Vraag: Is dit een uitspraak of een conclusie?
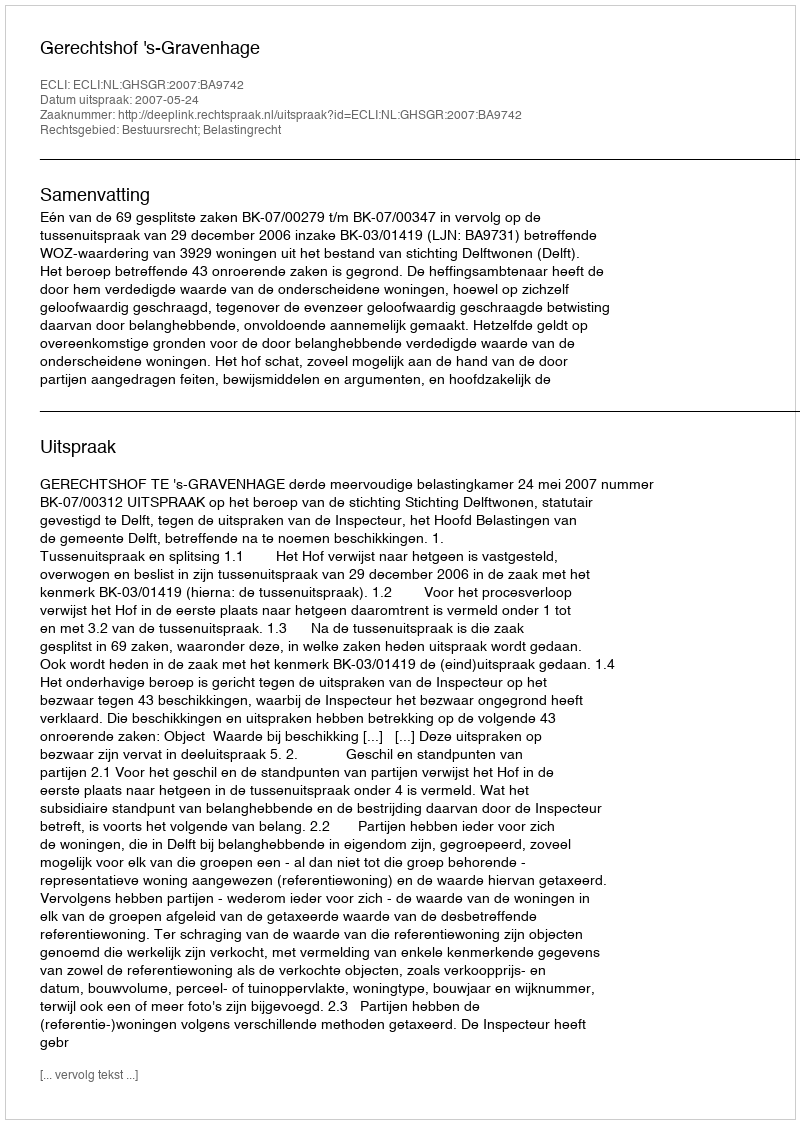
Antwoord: Uitspraak